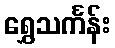
ရွှေသင်္ကန်း